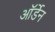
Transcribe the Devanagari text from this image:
ऑर्डेन